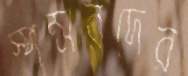
স্পন্সরদের